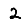
Digit: 2